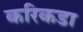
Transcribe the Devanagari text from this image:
करिकडा